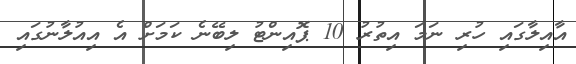
އާއިލާގައި ހުރި ނަމަ އިތުރު 10 ޕޮއިންޓު ލިބޭނެ ކަމަށް އެ އިއުލާނުގައި